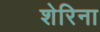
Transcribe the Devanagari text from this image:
शेरिना